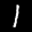
Label: 1